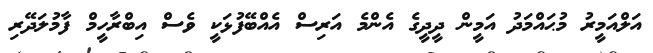
އަލްއަމީރު މުޙައްމަދު އަމީން ދީދީގެ އެންމެ އަރިސް އެއްބޭފުޅަކީ ވެސް އިބްރާހީމް ފާމުލަދޭރި